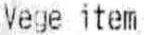
VAGE ITEM